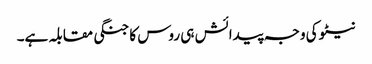
نیٹو کی وجہ پیدائش ہی روس کا جنگی مقابلہ ہے۔